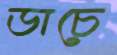
ডাচে